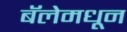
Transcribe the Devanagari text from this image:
बॅलेमधून